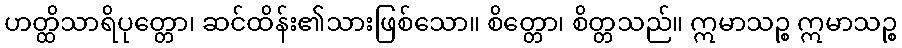
ဟတ္ထိသာရိပုတ္တော၊ ဆင်ထိန်း၏သားဖြစ်သော။ စိတ္တော၊ စိတ္တသည်။ ဣမာသဉ္စ ဣမာသဉ္စ